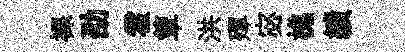
裸劭霍簟洪殫宓樵績